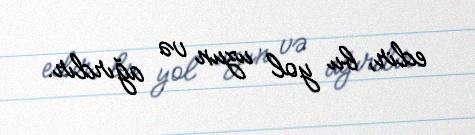
edir, bu yol uzun və ağırdır.